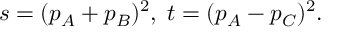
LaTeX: s = ( p _ { A } + p _ { B } ) ^ { 2 } , \; t = ( p _ { A } - p _ { C } ) ^ { 2 } .